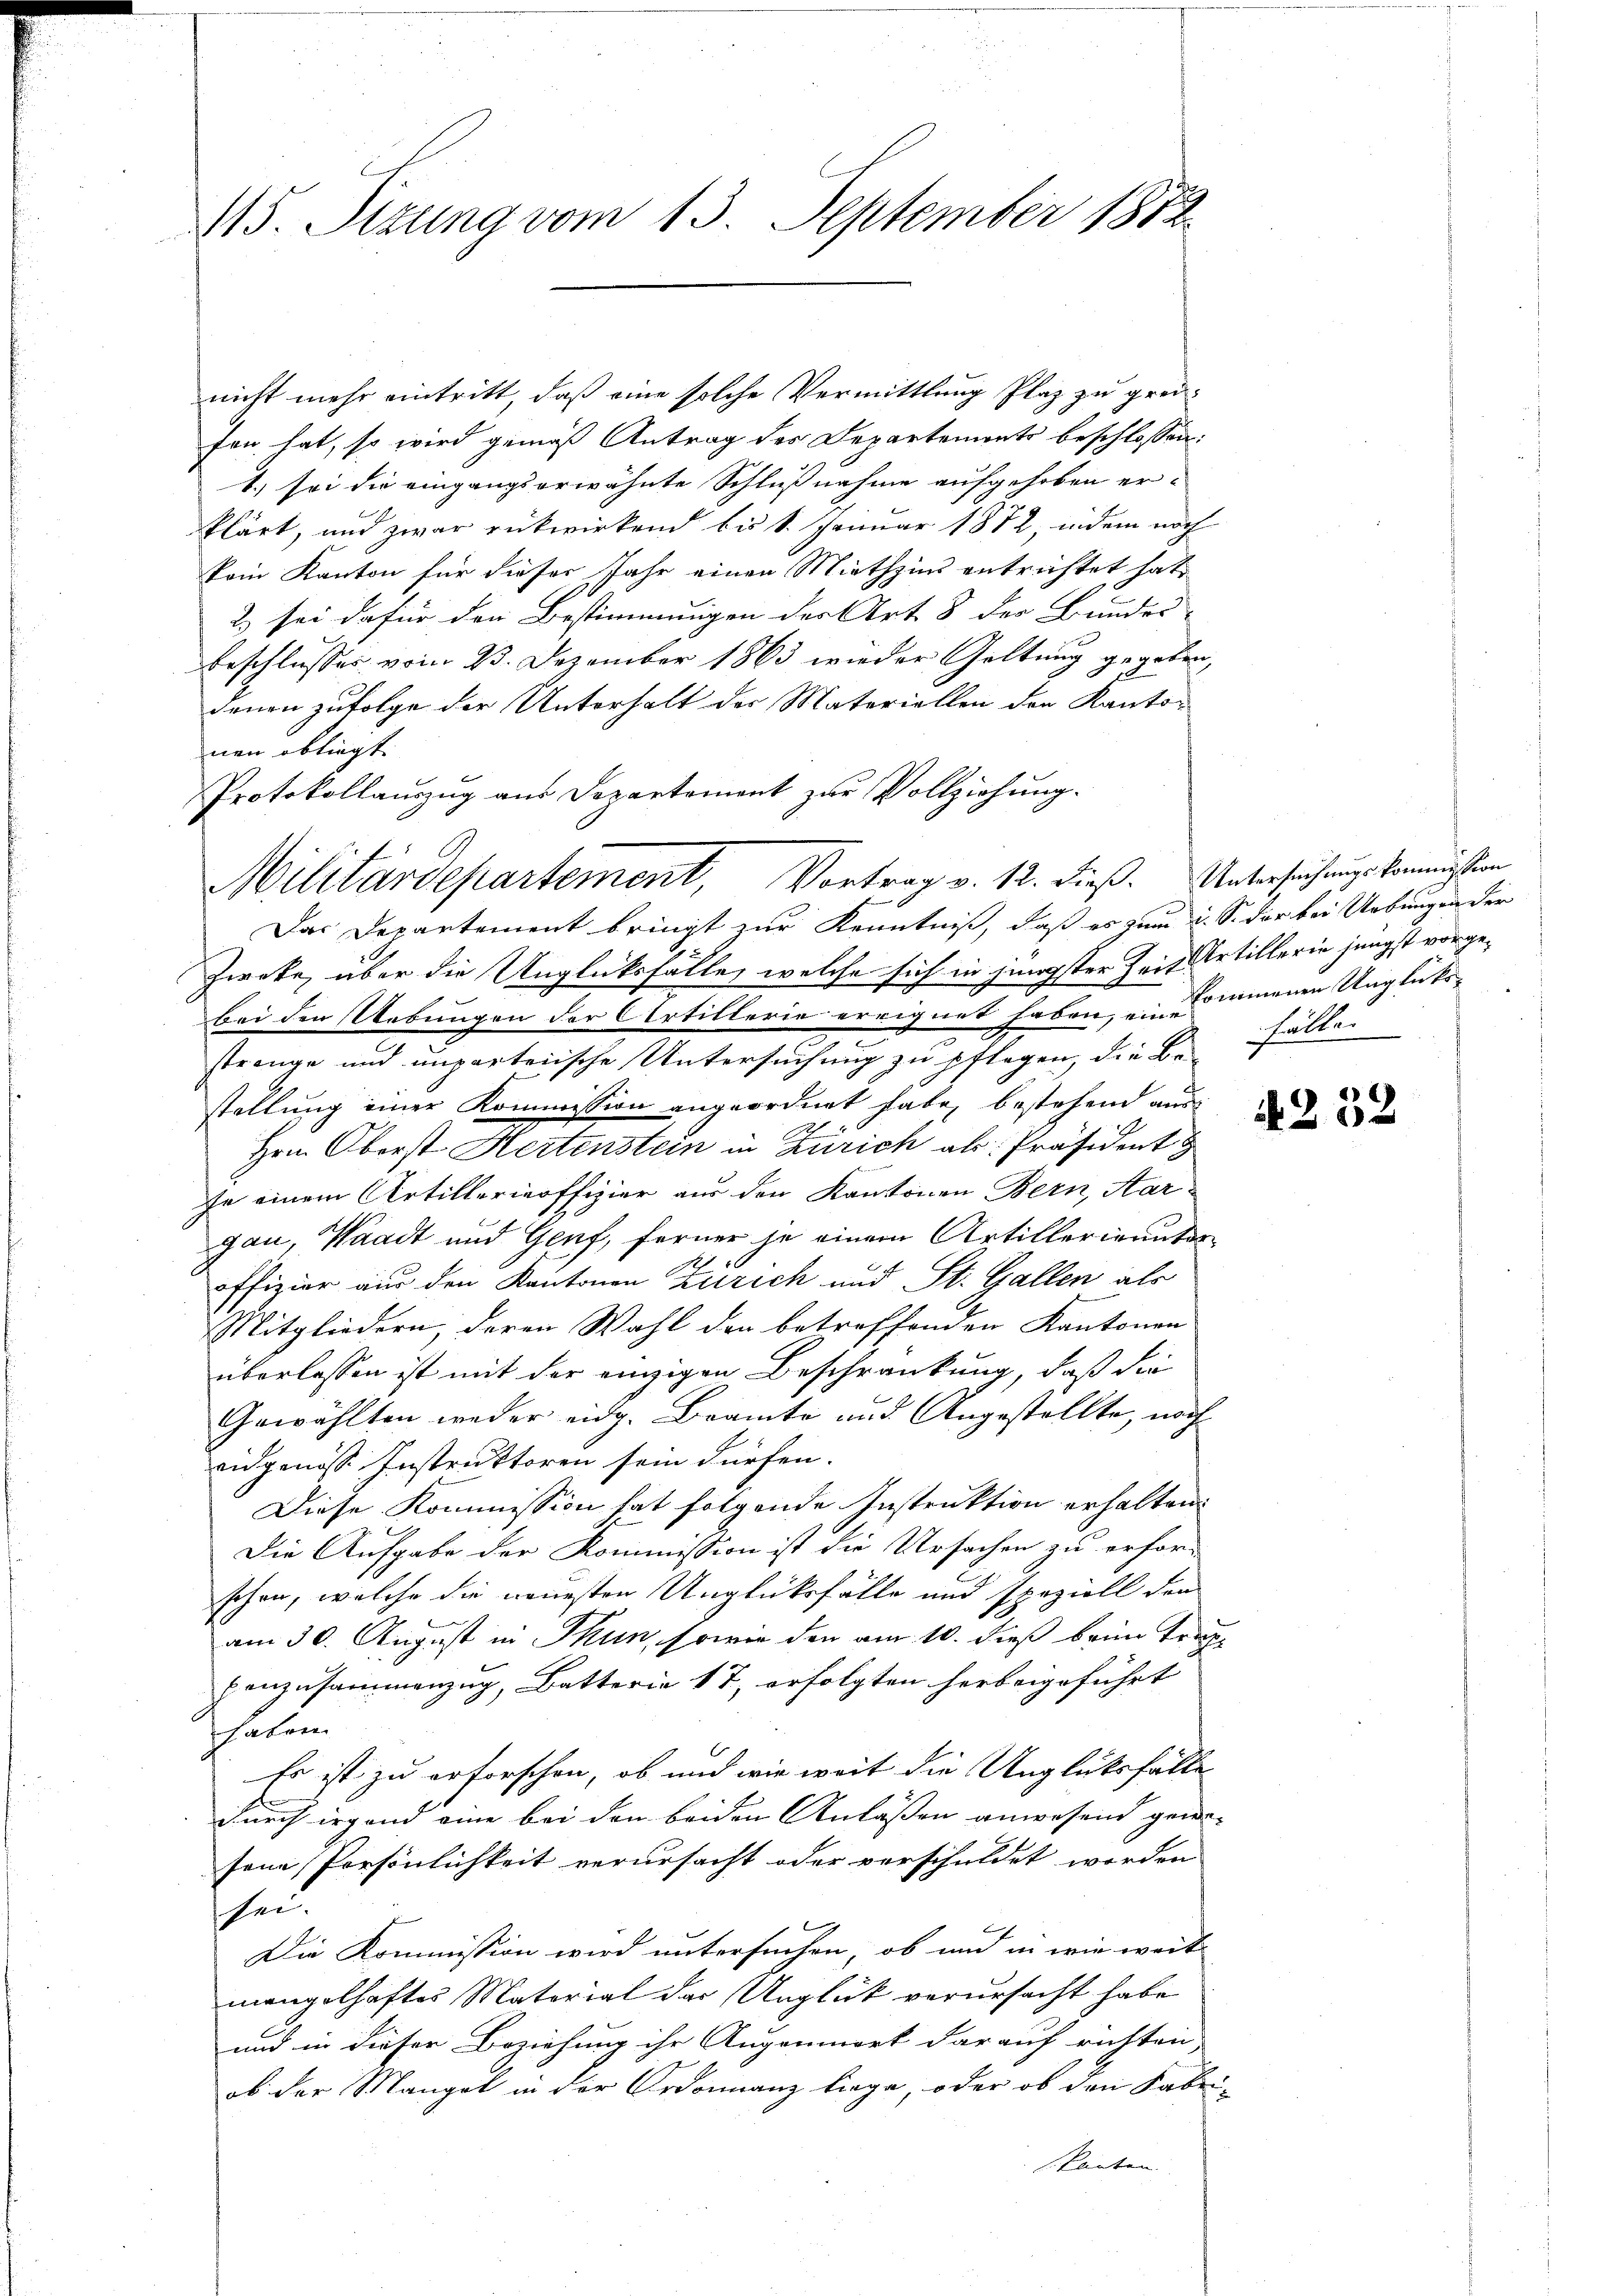
15. Sizung vom 13. September 1882

nicht mehr eintritt, daß eine solche Vermittlung Plaz zu greifen hat, so wird gemäß Antrag des Departements beschlossen:
1.) sei die eingangserwähnte Schlußnahme aufgehoben erklärt, und zwar rükwirkend bis 1. Januar 1872, indem noch
kom Kanton für dieser Jahr einen Miethzins entrichtet hat,
2) sei dafür den Bestimmungen der Art 8 der Bundes-
Beschlusses vom 23. Dezember 1863 wieder Geltung gegeben,
denen zufolge der Unterhalt der Materiellen den Kanto-
nen obliegt.
Protokollauszug aus Departement zur Vollziehung.

Militärdepartement, Vortrag v. 12. dieß. Untersuchungskommission

Das Departement bringt zur Kenntniß, daß es zum d. S. der bei Uebungen der
Zweke, über die Unglücksfälle, welche sich in jüngster Zeit Artillerin jüngst vorgebei den Uebungen der Artillerie ereignet haben, einemmenen Unglücks-
strenge und unparteiische Untersuchung zu pflegen, die Bern Fällen
stellung einer Kommission angeordnet habe, bestehend aus
1
Hrn. Oberst Hertenstein in Zürich als Präsident
fe einem Artillerieoffizier aus den Kantonen Bern, Aar-
gau, Waadt und Genf, ferner je einem Artillerigentor
offizier aus den Kantonen Zürich und St. Gallen als
Mitgliedern, deren Wahl den betreffenden Kantonen
überlassen ist mit der einzigen Beschränkung, daß die
Gewählten weder eidg. Beamte und Angestellte, nach
eidgenöss Instruktoren sein dürfen.
Diese Kommission hat folgende Instruktion erhalten.
Die Aufgabe der Kommission ist die Ursachen zu erfor-
schon, welche die neuesten Unglücksfälle und speziell den
am 30. August in Thun, sowie den am 10. dieß beim Trup-
ponzusammenzug, Batterie 1 7, erfolgten herbeigeführt
haben.
Es ist zu erforschen, ob und wie weit die Unglücksfälle
durch irgend eine bei den beiden Anlassen anwesend gewe- |
sene Persönlichkeit verursacht oder verschuldet werden
zu.
Die Kommission wird untersuchen, ob und in wie weit
mangelhaftes Matorial das Unglück verursacht habe
und in dieser Beziehung ihr Augenmort darauf richten,
ob der Mangel in der Ordonnanz liege, oder ob den Fabri-
Skanten.

2
200